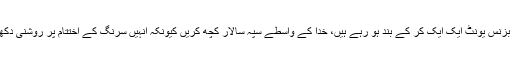
کہنے لگے کہ ان کے بزنس یونٹ ایک ایک کر کے بند ہو رہے ہیں، خدا کے واسطے سپہ سالار کچھ کریں کیونکہ انہیں سرنگ کے اختتام پر روشنی دکھائی نہیں دے رہی ہے۔